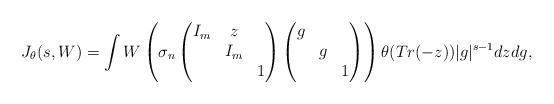
LaTeX: \begin{align*}J_\theta(s,W)=\int W\left(\sigma_n \begin{pmatrix} I_m & z & \\ & I_m & \\ & & 1 \end{pmatrix}\begin{pmatrix} g & & \\ & g & \\ & & 1 \end{pmatrix}\right)\theta(Tr(-z))|g|^{s-1}dzdg,\end{align*}